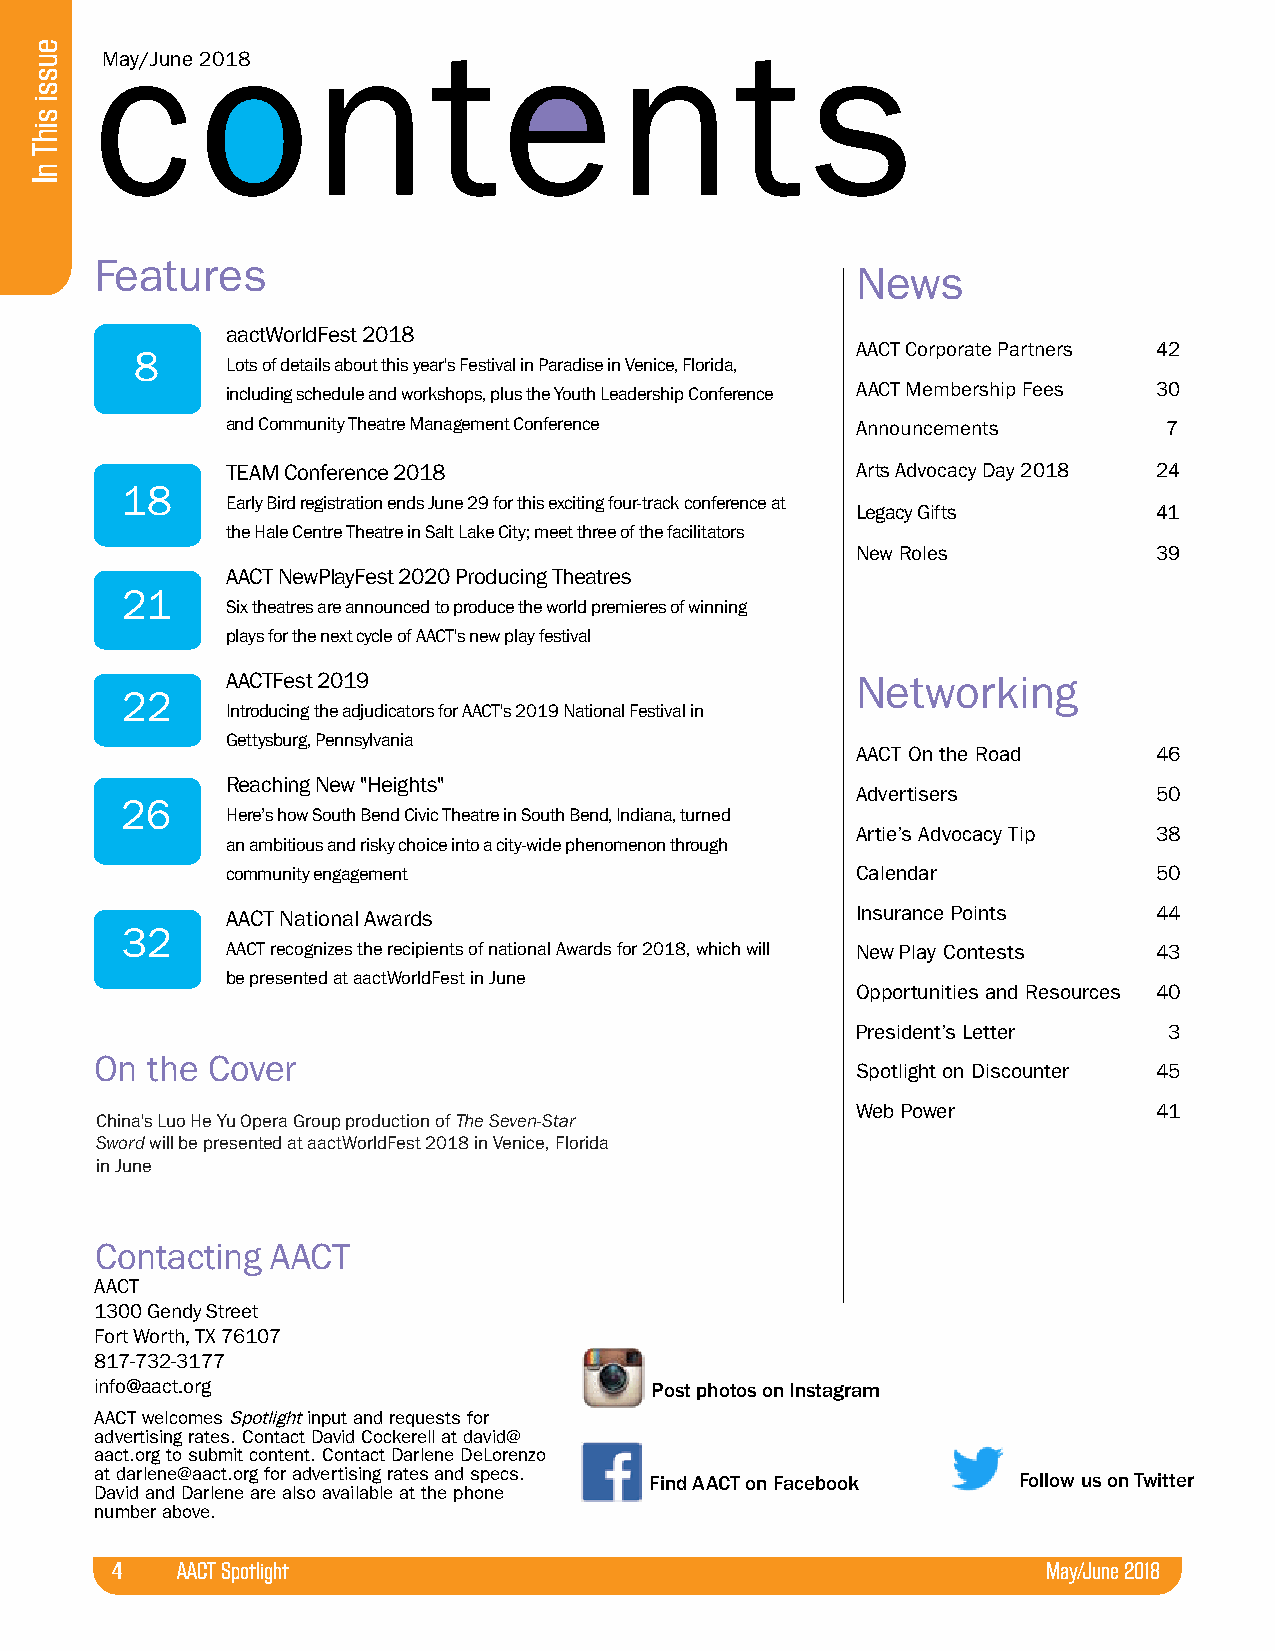
contents
 May/June 2018
 Features
 News
 aactWorldFest 2018
 AACT Corporate Partners 42
 8
 Lots of details about this year's Festival in Paradise in Venice, Florida,
 including schedule and workshops, plus the Youth Leadership Conference AACT Membership Fees 30
 and Community Theatre Management Conference Announcements     7
 TEAM Conference 2018                      Arts Advocacy Day 2018 24
 18
 Early Bird registration ends June 29 for this exciting four-track conference at
 Legacy Gifts        41
 the Hale Centre Theatre in Salt Lake City; meet three of the facilitators
 New Roles           39
 AACT NewPlayFest 2020 Producing Theatres
 21
 Six theatres are announced to produce the world premieres of winning
 plays for the next cycle of AACT's new play festival
 AACTFest 2019                             Networking
 22
 Introducing the adjudicators for AACT's 2019 National Festival in
 Gettysburg, Pennsylvania
 AACT On the Road    46
 Reaching New "Heights"
 Advertisers         50
 26
 Here’s how South Bend Civic Theatre in South Bend, Indiana, turned
 Artie’s Advocacy Tip 38
 an ambitious and risky choice into a city-wide phenomenon through
 community engagement                      Calendar            50
 AACT National Awards                      Insurance Points    44
 32
 AACT recognizes the recipients of national Awards for 2018, which will New Play Contests 43
 be presented at aactWorldFest in June
 Opportunities and Resources 40
 President’s Letter  3
 On  the Cover
 Spotlight on Discounter 45
 Web Power           41
 China's Luo He Yu Opera Group production of The Seven-Star
 Sword will be presented at aactWorldFest 2018 in Venice, Florida
 in June
 Contacting  AACT
 AACT
 1300 Gendy Street
 Fort Worth, TX 76107
 817-732-3177
 info@aact.org                        Post photos on Instagram
 AACT welcomes Spotlight input and requests for
 advertising rates. Contact David Cockerell at david@
 aact.org to submit content. Contact Darlene DeLorenzo
 at darlene@aact.org for advertising rates and specs. Find AACT on Facebook Follow us on Twitter
 David and Darlene are also available at the phone
 number above.
 4    AACT Spotlight                                           May/June 2018
 eussi
 sihT
 nI